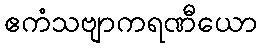
ဧကံသဗျာကရဏီယော